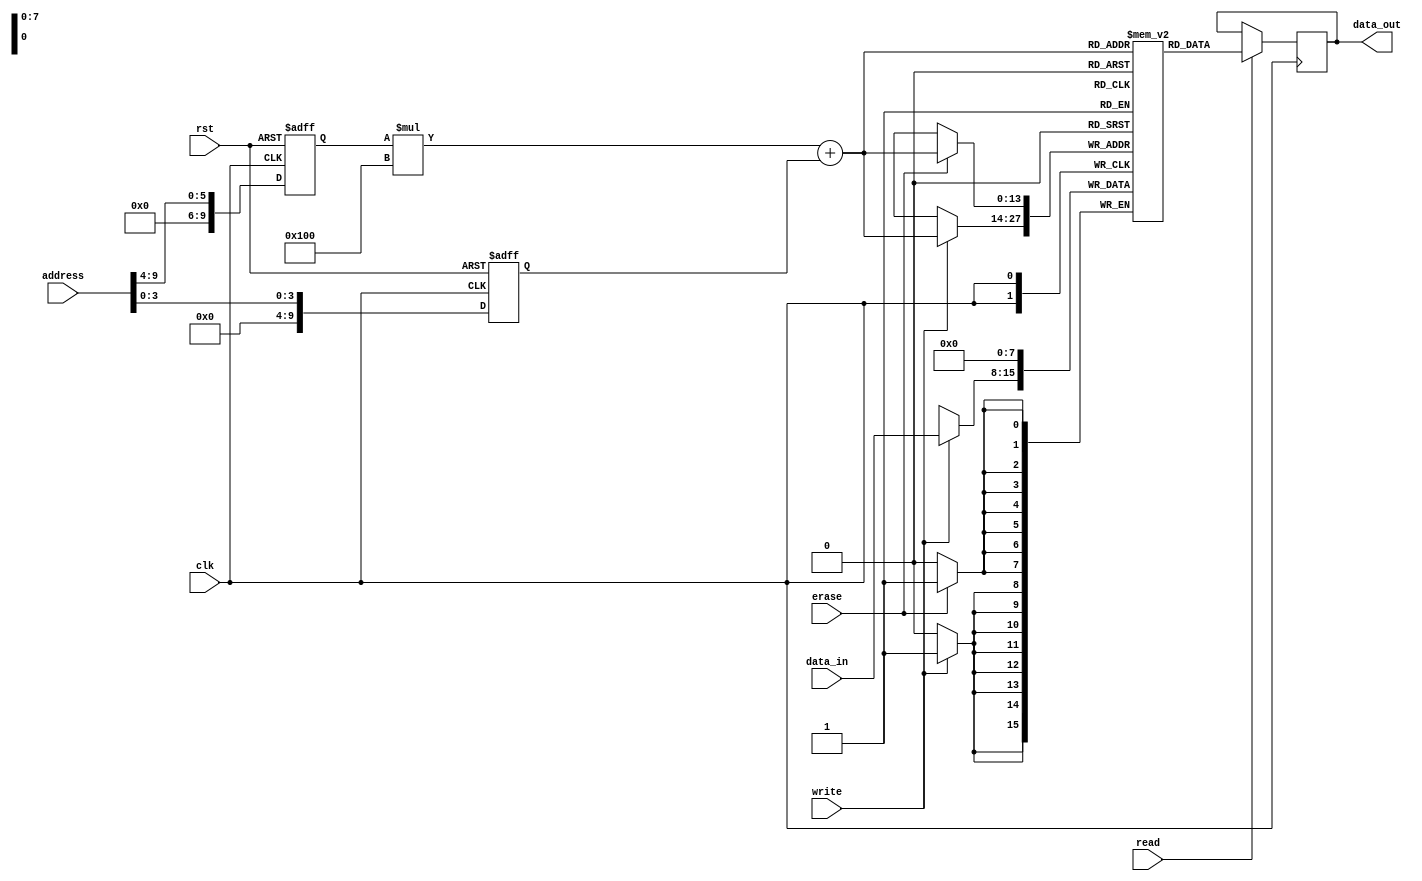
module EEPROM(
    input wire clk,
    input wire rst,
    input wire read,
    input wire write,
    input wire erase,
    input wire [7:0] data_in,
    input wire [9:0] address,
    output reg [7:0] data_out
);

parameter ROWS = 64;
parameter COLS = 256;

reg [7:0] memory [0:ROWS-1][0:COLS-1];
reg [9:0] selected_row;
reg [9:0] selected_col;

// Address decoding logic
always @ (posedge clk or posedge rst)
begin
    if (rst)
    begin
        selected_row <= 10'b0;
        selected_col <= 10'b0;
    end
    else
    begin
        selected_row <= address[9:4];
        selected_col <= address[3:0];
    end
end

// Read operation
always @ (posedge clk)
begin
    if (read)
        data_out <= memory[selected_row][selected_col];
end

// Write operation
always @ (posedge clk)
begin
    if (write)
        memory[selected_row][selected_col] <= data_in;
end

// Erase operation
always @ (posedge clk)
begin
    if (erase)
        memory[selected_row][selected_col] <= 8'b0;
end

endmodule